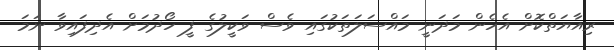
ރިއާޔަތްކޮށް އެހެން މަދަނީ މައްސަލަތަކުގައި ވެސް ވަކީލުގެ ފީ ހޯދުމަށް އެދިފައިވާ ނަމަ